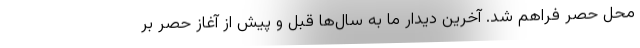
محل حصر فراهم شد. آخرین دیدار ما به سال‌ها قبل و پیش از آغاز حصر بر